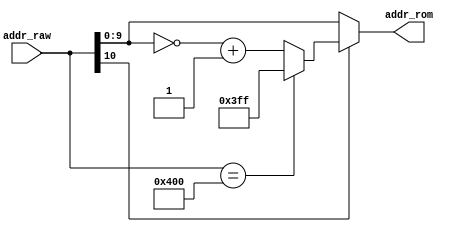
////////////////////////////////////////////////////////////////////////////////
// Company: zju
////////////////////////////////////////////////////////////////////////////////

module Addr_process(addr_raw,addr_rom);
	input [10:0]  addr_raw;
	output reg[9:0] addr_rom;
	always @(addr_raw,addr_rom) begin
		if(addr_raw[10] == 0) addr_rom = addr_raw[9:0];
		else if(addr_raw == 1024) addr_rom = 1023;
		else addr_rom = ~addr_raw[9:0] + 1;
	end
endmodule